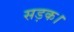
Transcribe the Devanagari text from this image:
सड़क।